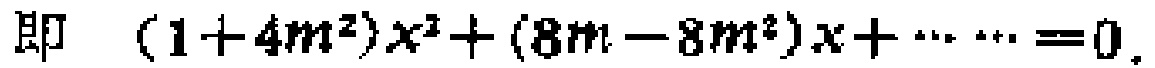
即 \((1 + 4m^{2})x^{2}+(8m - 8m^{2})x+\cdots\cdots = 0\)